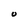
Character: o